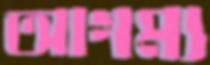
আগম্য